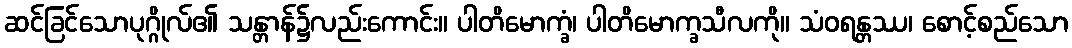
ဆင်ခြင်သောပုဂ္ဂိုလ်၏ သန္တာန်၌လည်းကောင်း။ ပါတိမောက္ခံ၊ ပါတိမောက္ခသီလကို။ သံဝရန္တဿ၊ စောင့်စည်သော